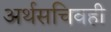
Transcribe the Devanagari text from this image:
अर्थसचिवही